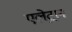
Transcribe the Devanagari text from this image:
एले़ट्रान